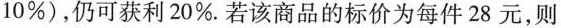
10%)，仍可获利20%。若该商品的标价为每件28元，则